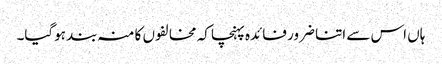
ہاں اس سے اتنا ضرور فائدہ پہنچا کہ مخالفوں کا منہ بند ہوگیا۔